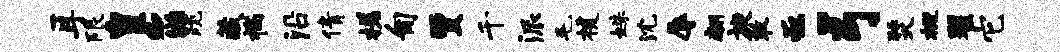
耳限皇c滋跪藏揣沿倩槎匍贾千派毛援姝沈辱翩旋敢亟弓燹概翟它